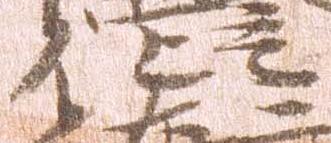
位